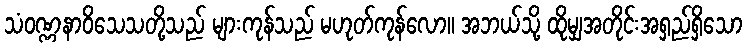
သံဝဏ္ဏနာဝိသေသတို့သည် များကုန်သည် မဟုတ်ကုန်လော။ အဘယ်သို့ ထိုမျှအတိုင်းအရှည်ရှိသော